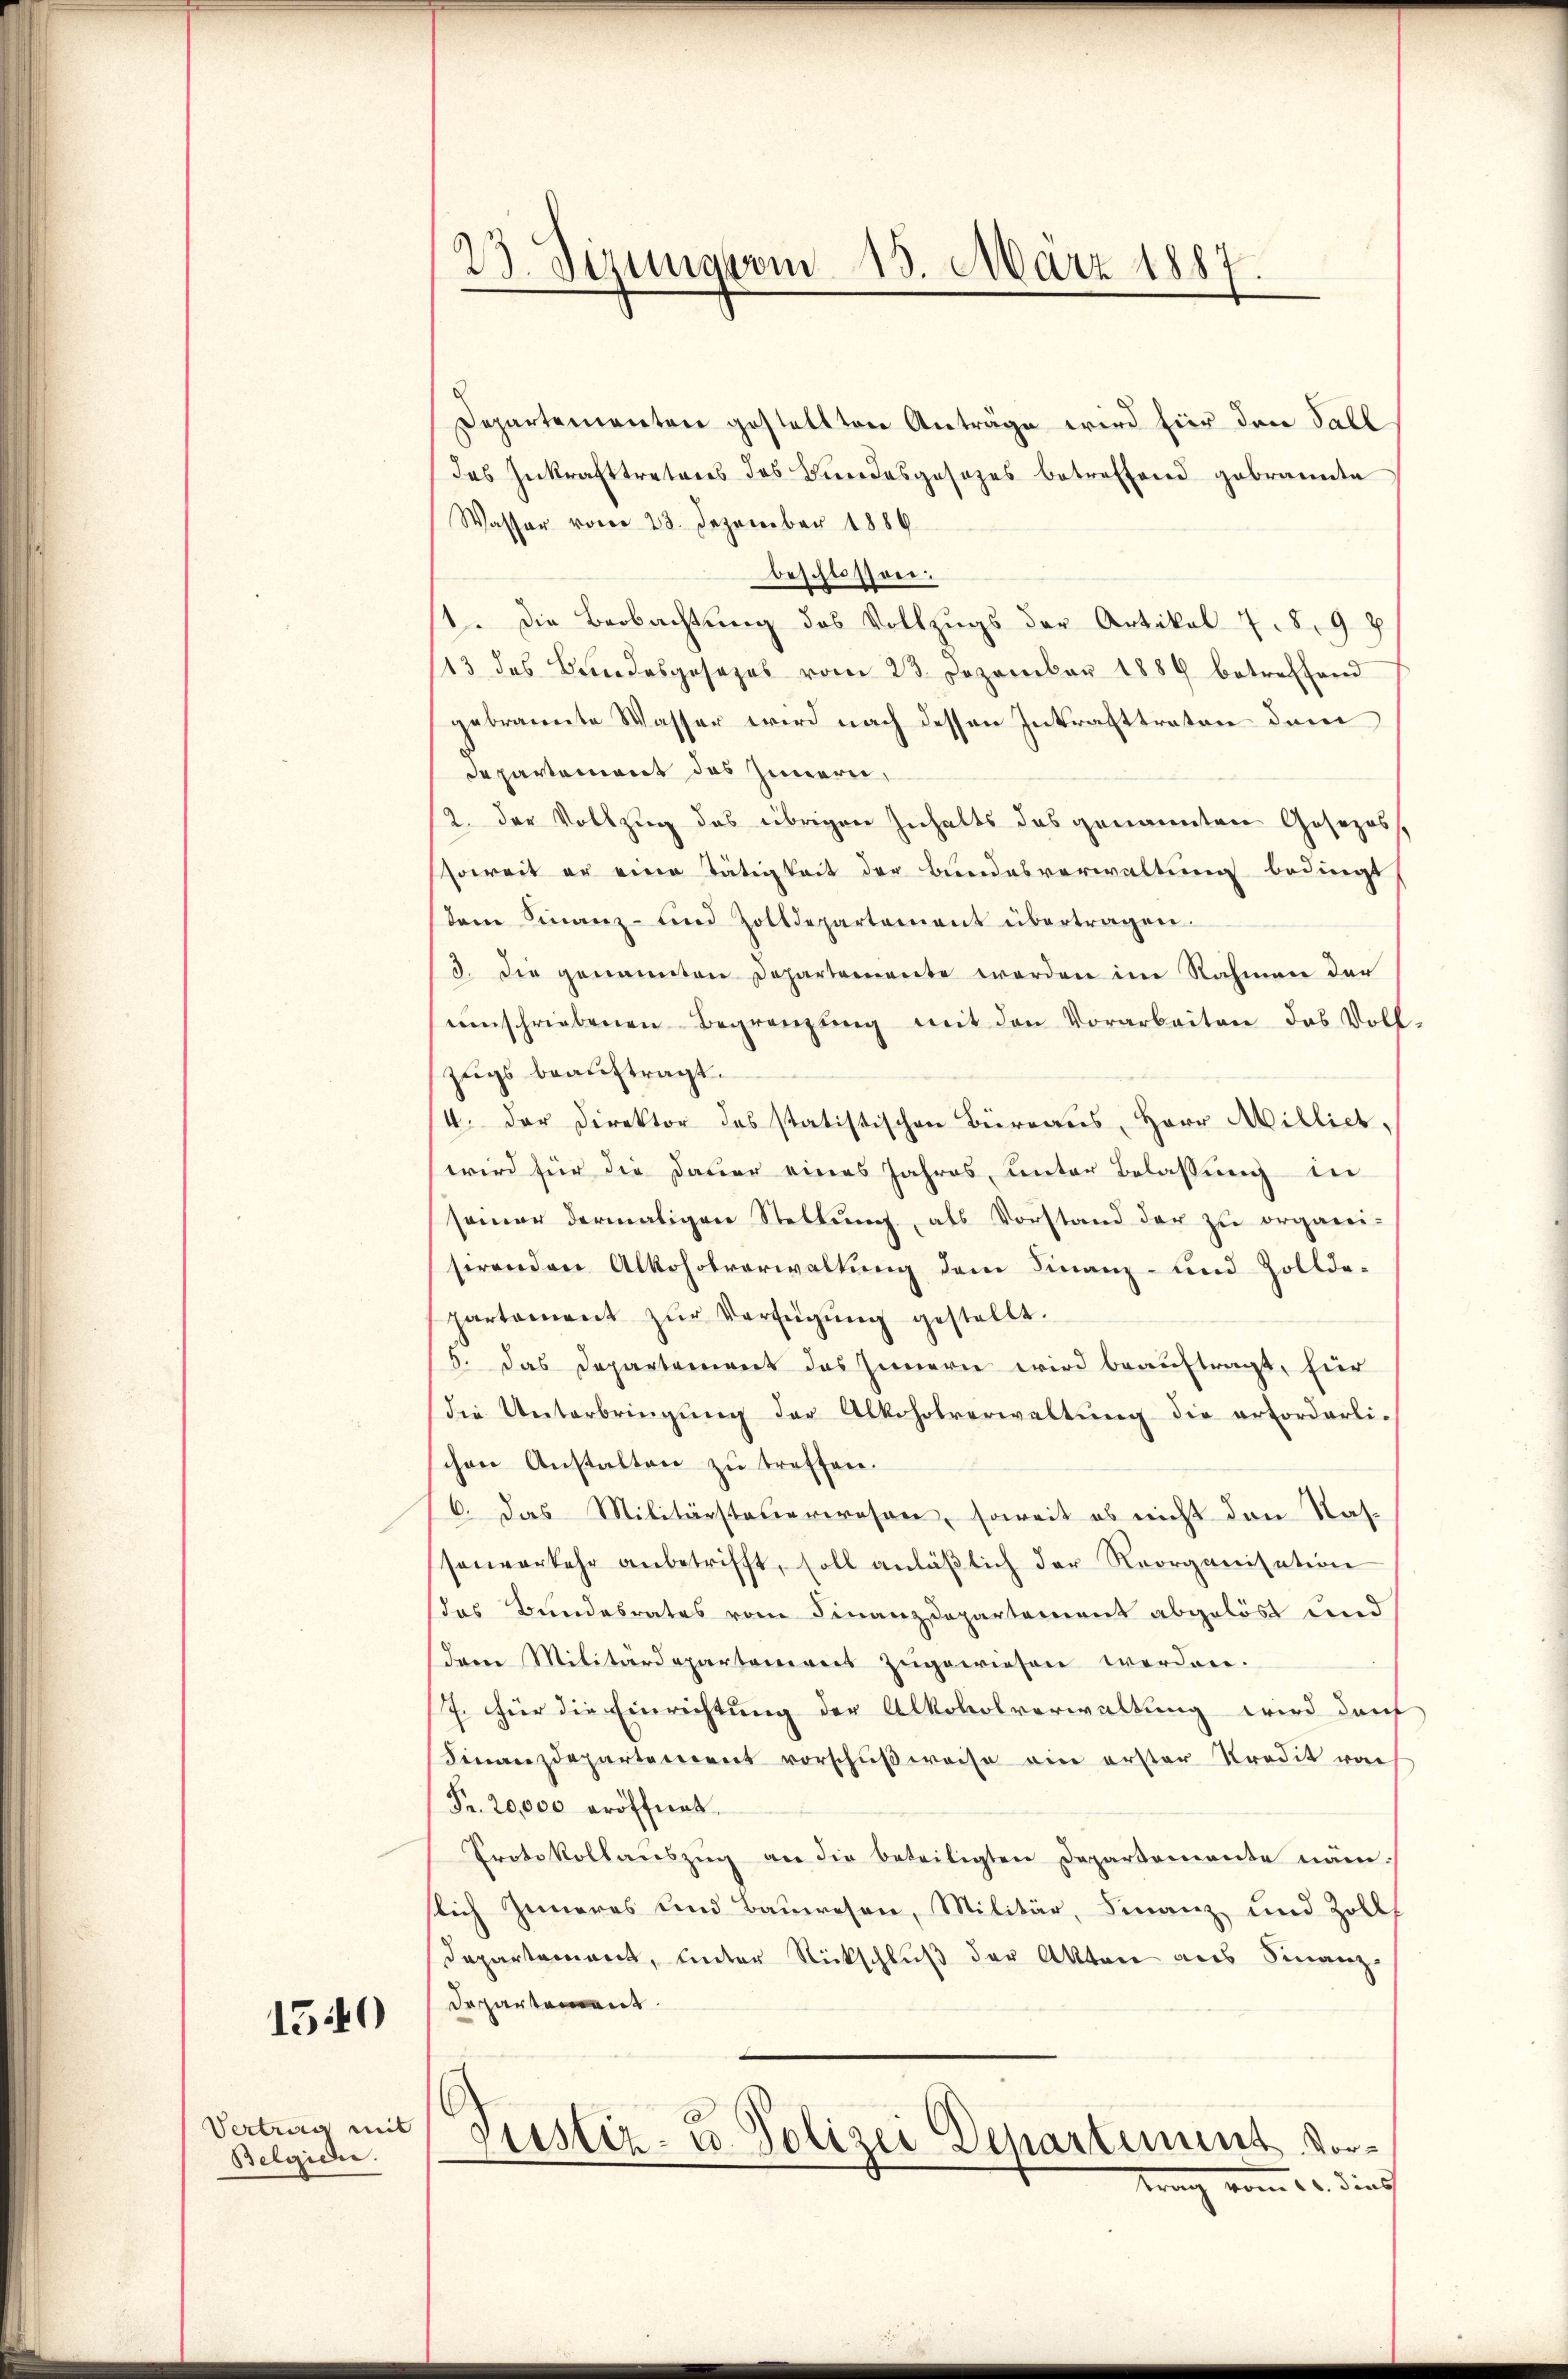
1540

Vertrag mit
Belgidi.

23. Sizung vom 15. März 1887.

Departementen gestellten Anträge wird hier den Fall
des Inkrafttreteres des Bundesgesezes betreffend gebrannte
Wasser vom 23. Dezember 1886
beschlossen.
1. Die Beobachtung des Vollzugs der Artikel 7. 8. 98
13 des Bundesgesezes vom 23. Dezember 1889 betreffend
gebrannte Wasser wird nach dessen Inkrafttraten dem
departement das Innern,
2. der Vollzug des übrigen Inhalts das genannten Gosezossoweit er eine Tätigkeit der Bundesverwaltung bedingt
dem Finanz- und Zolldepartement übertragen.
3. Die genannten Departemente werden im Rahmen der
einschriebenen Begrenzŭng mit den Vorarbeiten das Voll-
zugs beauftragt.
4. der Direktor des statistischen Büreaus, Herr Millich,
wird für die Dauer eines Jahres, unter Belassung in
samer dermaligen Stellŭng, als Vorstand der zu organi-
sirenden Alkoholverwaltung dem Finanz- und Zollde-
partament zŭr Verfügŭng gestellt.
6. Das Departement das Innern wird beauftragt, für
die Unterbringŭng der Alkoholverwaltŭng die erforderli-
schen Anstalten zŭ treffen.
6. Das Militärsteuerwesen, soweit es nicht den Nassenverkehr anbetrifft, soll anläβlich der Reorganisation
das Bundesrates vom Finanzdepartement abgelöst und
dem Militärdepartement zugewiesen werden.
7. Für die Einrichtung der Alkoholverwaltung wird darf
Finanzdepartement vorschŭβweise ein erster Kredit vo
Fr. 20,000 eröffnet.
Protokollaŭszŭg an die Beteiligten Departemente näm
slich Inneres und Bauwesen, Militär, Finanz und Zollt
Departement, unter Rückschluß der Akten aus Finanz¬
Departement
Justiz- u. Polizei Departement, Vortrang vom 10. dies